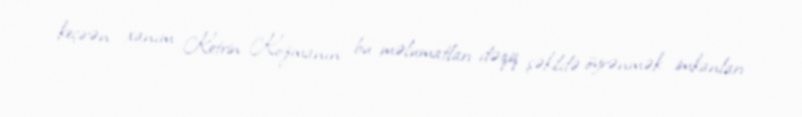
keçirən xanım Ketrin Kozmanın bu məlumatları dəqiq şəkildə öyrənmək imkanları